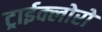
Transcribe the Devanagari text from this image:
ट्राईक्लोरो